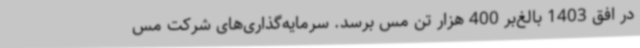
در افق 1403 بالغ‌بر 400 هزار تن مس برسد. سرمایه‌گذاری‌های شرکت مس